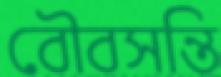
বৌবসন্তি